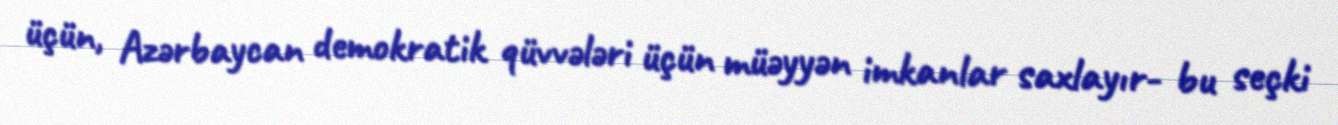
üçün, Azərbaycan demokratik qüvvələri üçün müəyyən imkanlar saxlayır- bu seçki